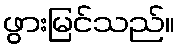
ဖွားမြင်သည်။